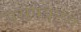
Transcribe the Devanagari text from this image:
ससपेक्ट्स